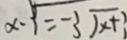
x - 3 = - 3 \sqrt { x + 3 }